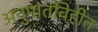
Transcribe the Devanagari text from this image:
अनुपातविहीन